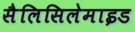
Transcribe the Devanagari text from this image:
सैलिसिलेमाइड